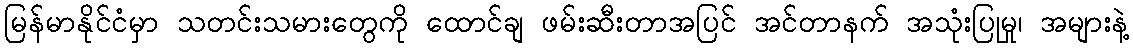
မြန်မာနိုင်ငံမှာ သတင်းသမားတွေကို ထောင်ချ ဖမ်းဆီးတာအပြင် အင်တာနက် အသုံးပြုမှု၊ အများနဲ့